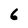
Character: 6